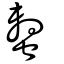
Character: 蟿